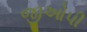
જીઓપી